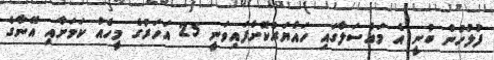
ފުލުހުން ބުނީ އެ މައްސަލާގައި ހައްޔަރުކޮށްފައިވަނީ 25 އަހަރުގެ މީހެއް ކަމަށާއި އޭނާގެ